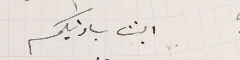
ابنت سيادتيكم